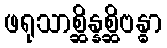
ဖရုသာစ္ဆိန္နစ္ဆိဗန္ဓာ